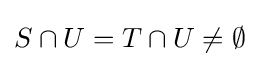
S\cap U=T\cap U\neq \emptyset